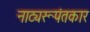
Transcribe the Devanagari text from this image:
नाट्यरूपंतकार